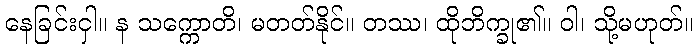
နေခြင်းငှါ။ န သက္ကောတိ၊ မတတ်နိုင်။ တဿ၊ ထိုဘိက္ခု၏။ ဝါ၊ သို့မဟုတ်။